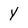
Character: y